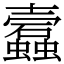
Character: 蠧